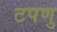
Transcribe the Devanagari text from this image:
टपणु